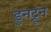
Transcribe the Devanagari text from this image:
डुनट्रून